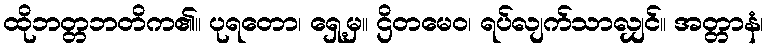
ထိုဘတ္တဘတိက၏။ ပုရတော၊ ရှေ့မှ။ ဌိတမေဝ၊ ရပ်လျက်သာလျှင်။ အတ္တာနံ၊